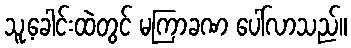
သူ့ခေါင်းထဲတွင် မကြာခဏ ပေါ်လာသည်။